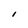
Character: l